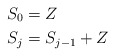
\begin{align*}S_0& = Z\\S_j& = S_{j-1}+Z\end{align*}